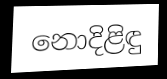
නොදිළිඳු